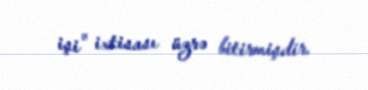
işi" ixtisası üzrə bitirmişdir.